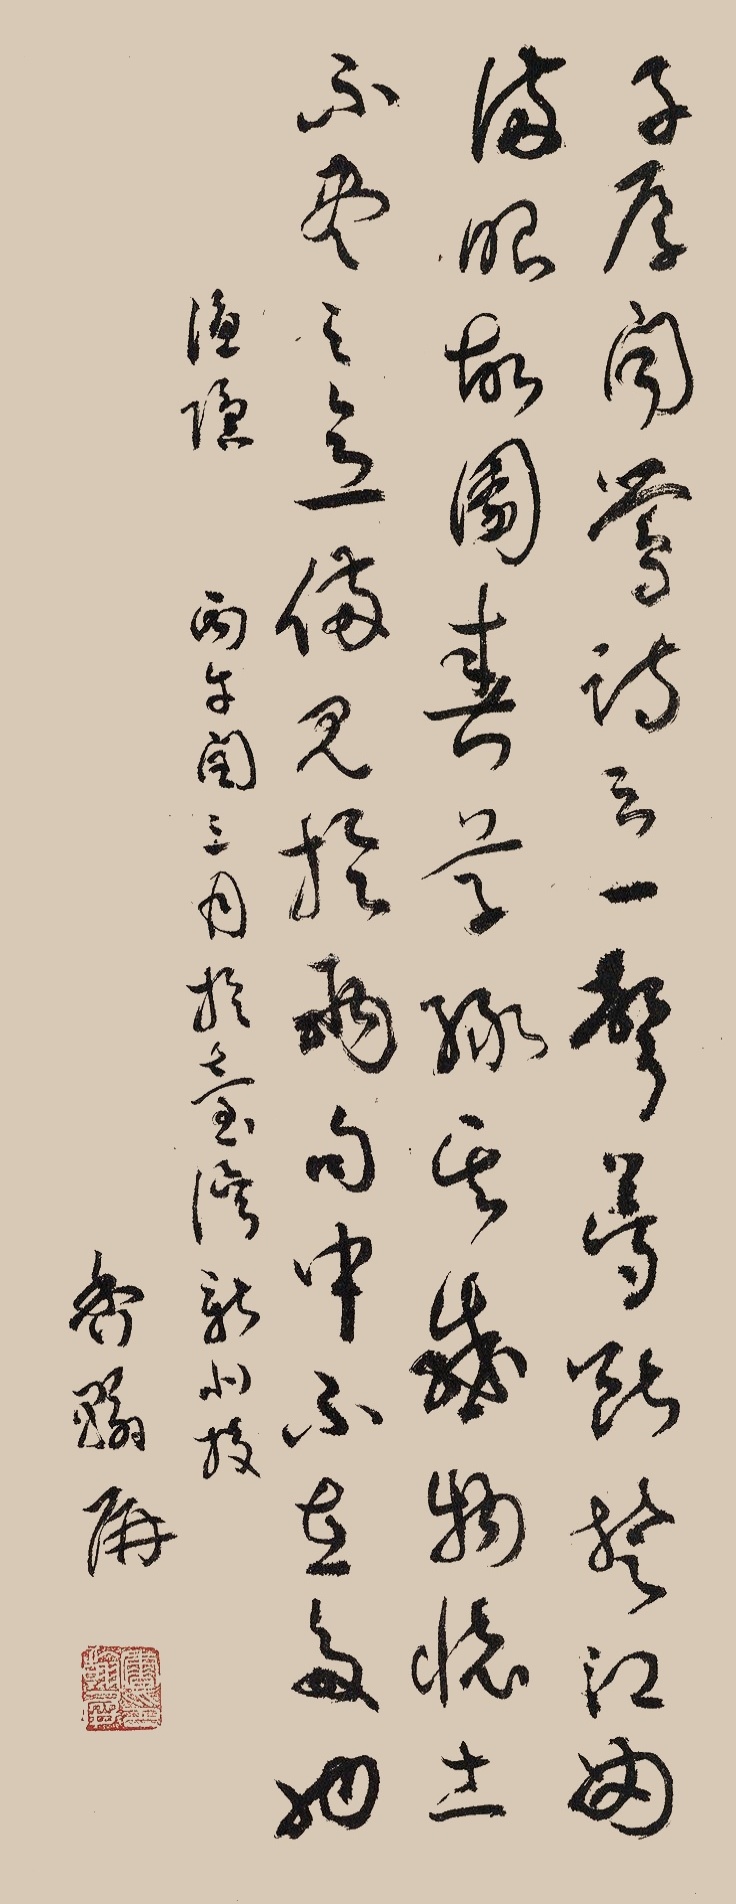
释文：子厚《闻莺诗》云，一声梦断楚江曲，满眼故园春草绿。其感物怀土，不尽之意，备见于两句中，不在多也。《渔隐》，丙午闰三月于台湾新北投。香翰屏。